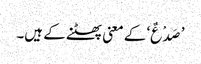
’صَدْعٌ‘ کے معنی پھٹنے کے ہیں۔